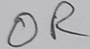
Text: OR